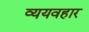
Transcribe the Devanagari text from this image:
व्ययवहार